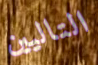
التاليين